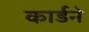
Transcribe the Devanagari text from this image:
कार्डने